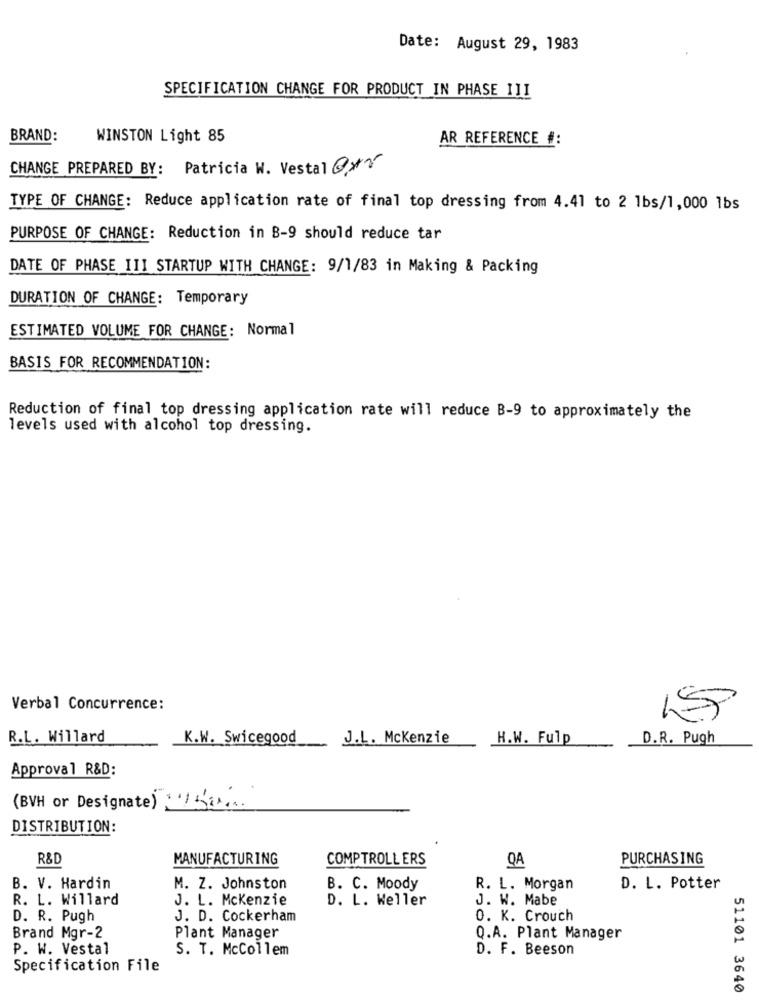
Date: August 29, 1983
SPECIFICATION CHANGE FOR PRODUCT IN PHASE III
BRAND:
WINSTON Light 85
AR REFERENCE #:
CHANGE PREPARED BY: Patricia W. Vestal @yr
TYPE OF CHANGE: Reduce application rate of final top dressing from 4.41 to 2 1bs/1,000 1bs
PURPOSE OF CHANGE: Reduction in B-9 should reduce tar
DATE OF PHASE III STARTUP WITH CHANGE: 9/1/83 in Making & Packing
DURATION OF CHANGE: Temporary
ESTIMATED VOLUME FOR CHANGE: Normal
BASIS FOR RECOMMENDATION:
Reduction of final top dressing application rate will reduce B-9 to approximately the
levels used with alcohol top dressing.
Verbal Concurrence:
R.L. Willard
K.W. Swicegood
J.L. Mckenzie
H.W. Fulp
D.R. Pugh
Approval R&D:
(BVH or Designate) 5 ....
DISTRIBUTION:
R&D
MANUFACTURING
COMPTROLLERS
QA
PURCHASING
B. V. Hardin
M. Z. Johnston
B. C. Moody
R. L. Morgan
D. L. Potter
R. L. Willard
J. L. Mckenzie
D. L. Weller
J. W. Mabe
D. R. Pugh
J. D. Cockerham
0. K. Crouch
Brand Mgr-2
Plant Manager
Q.A. Plant Manager
P. W. Vestal
S. T. McCollem
D. F. Beeson
Specification File
51101 3640